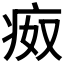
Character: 𰣪